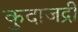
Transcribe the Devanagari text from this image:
कुदाजद्री